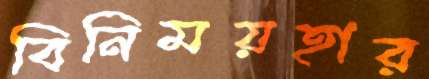
বিনিময়হার